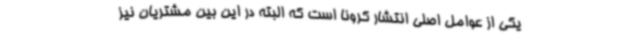
یکی از عوامل اصلی انتشار کرونا است که البته در این بین مشتریان نیز